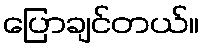
ပြောချင်တယ်။